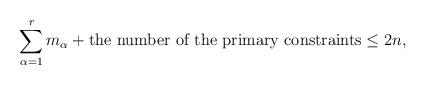
LaTeX: \begin{align*}\sum_{\alpha=1}^{r}m_{\alpha}+{\textrm{the number of the primary constraints}}\leq 2n,\end{align*}